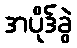
အပိုဒ်ခွဲ